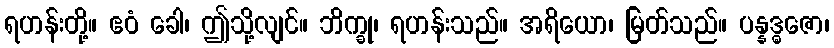
ရဟန်းတို့။ ဧဝံ ခေါ၊ ဤသို့လျင်။ ဘိက္ခု၊ ရဟန်းသည်။ အရိယော၊ မြတ်သည်။ ပန္နဒ္ဓဇော၊